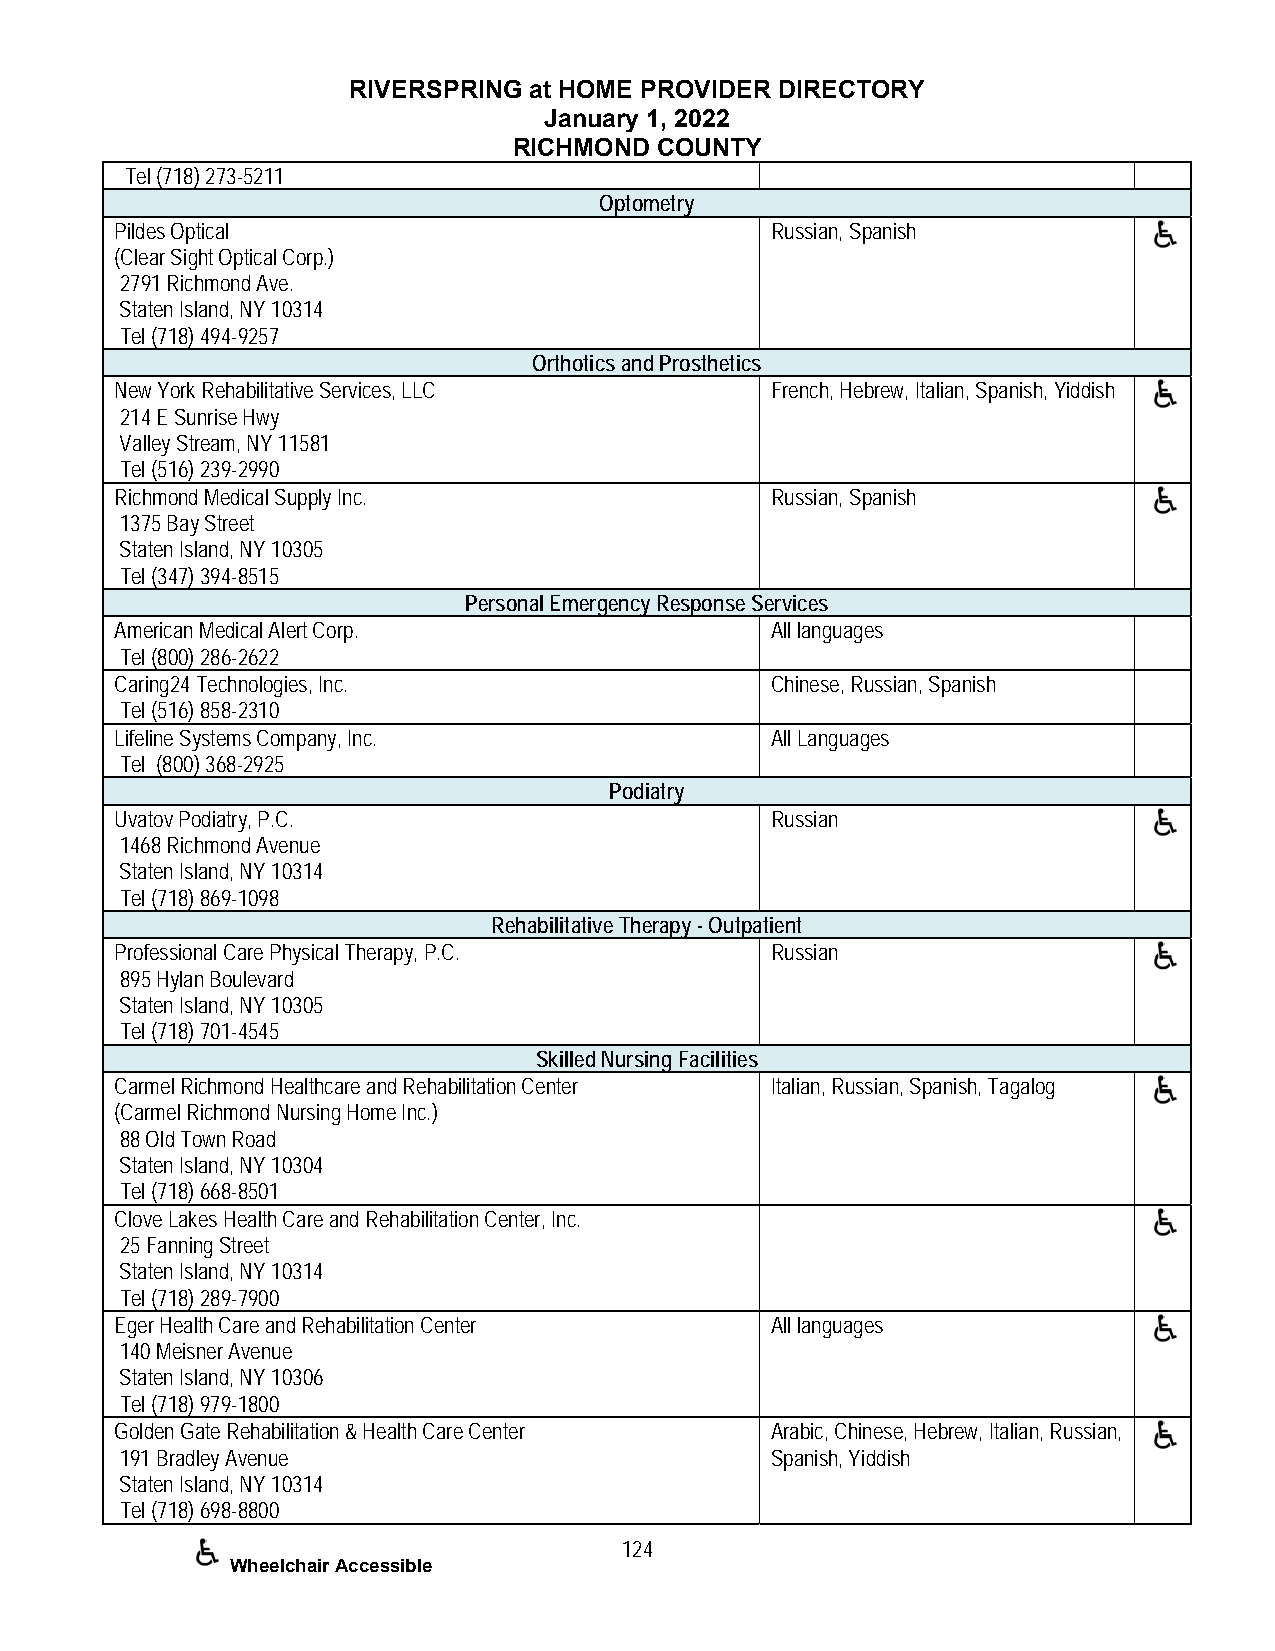
RIVERSPRING at HOME PROVIDER DIRECTORY
 January 1, 2022
 RICHMOND COUNTY
 Tel (718) 273-5211
 Optometry
 Pildes Optical                             Russian, Spanish
 (Clear Sight Optical Corp.)
 2791 Richmond Ave.
 Staten Island, NY 10314
 Tel (718) 494-9257
 Orthotics and Prosthetics
 New York Rehabilitative Services, LLC      French, Hebrew, Italian, Spanish, Yiddish
 214 E Sunrise Hwy
 Valley Stream, NY 11581
 Tel (516) 239-2990
 Richmond Medical Supply Inc.               Russian, Spanish
 1375 Bay Street
 Staten Island, NY 10305
 Tel (347) 394-8515
 Personal Emergency Response Services
 American Medical Alert Corp.               All languages
 Tel (800) 286-2622
 Caring24 Technologies, Inc.                Chinese, Russian, Spanish
 Tel (516) 858-2310
 Lifeline Systems Company, Inc.             All Languages
 Tel (800) 368-2925
 Podiatry
 Uvatov Podiatry, P.C.                      Russian
 1468 Richmond Avenue
 Staten Island, NY 10314
 Tel (718) 869-1098
 Rehabilitative Therapy - Outpatient
 Professional Care Physical Therapy, P.C.   Russian
 895 Hylan Boulevard
 Staten Island, NY 10305
 Tel (718) 701-4545
 Skilled Nursing Facilities
 Carmel Richmond Healthcare and Rehabilitation Center Italian, Russian, Spanish, Tagalog
 (Carmel Richmond Nursing Home Inc.)
 88 Old Town Road
 Staten Island, NY 10304
 Tel (718) 668-8501
 Clove Lakes Health Care and Rehabilitation Center, Inc.
 25 Fanning Street
 Staten Island, NY 10314
 Tel (718) 289-7900
 Eger Health Care and Rehabilitation Center All languages
 140 Meisner Avenue
 Staten Island, NY 10306
 Tel (718) 979-1800
 Golden Gate Rehabilitation & Health Care Center Arabic, Chinese, Hebrew, Italian, Russian,
 191 Bradley Avenue                         Spanish, Yiddish
 Staten Island, NY 10314
 Tel (718) 698-8800
 124
 Wheelchair Accessible